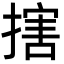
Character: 搳